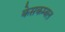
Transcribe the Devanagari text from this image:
केसकम्बल